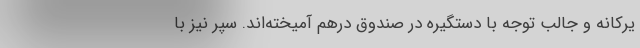
یرکانه و جالب توجه با دستگیره درِ صندوق درهم آمیخته‌اند. سپر نیز با